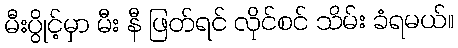
မီးပွိုင့်မှာ မီး နီ ဖြတ်ရင် လိုင်စင် သိမ်း ခံရမယ်။